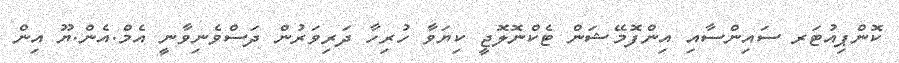
ކޮންޕިއުޓަރ ސައިންސާއި އިންފޮމޭޝަން ޓެކްނޮލޮޖީ ކިޔަވާ ހުރިހާ ދަރިވަރުން ދަސްވެނިވާނީ އެމް.އެން.ޔޫ އިން